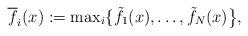
LaTeX: \begin{align*}\overline f_{i}(x):={\max}_{i}\{\tilde f_1(x),\ldots,\tilde f_N(x)\big\},\end{align*}